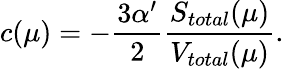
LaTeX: c(\mu)=-\frac{3\alpha^{\prime}}2\frac{S_{total}(\mu)}{V_{total}(\mu)}.